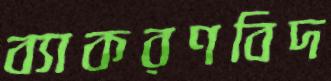
ব্যাকরণবিদ